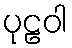
ပုဠဝါ